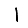
Digit: 1